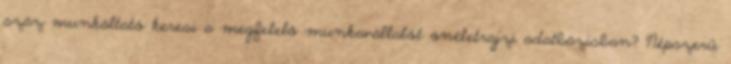
száz munkáltató keresi a megfelelő munkavállalót önéletrajzi adatbázisban? Népszerű